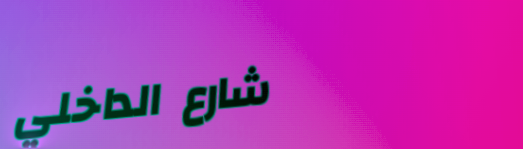
شارع الداخلي